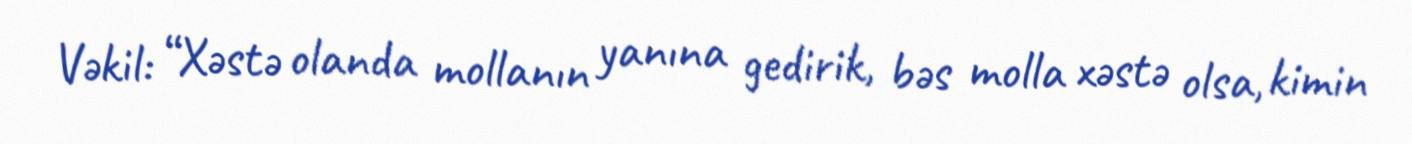
Vəkil: “Xəstə olanda mollanın yanına gedirik, bəs molla xəstə olsa, kimin